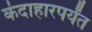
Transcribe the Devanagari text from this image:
कंदाहारपर्यंत